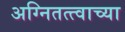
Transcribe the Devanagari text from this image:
अग्नितत्त्वाच्या